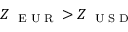
Z _ { \mathrm { ~ \tiny ~ E ~ U ~ R ~ } } > Z _ { \mathrm { ~ \tiny ~ U ~ S ~ D ~ } }